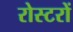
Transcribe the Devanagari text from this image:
रोस्टरों